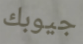
جيوبك